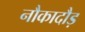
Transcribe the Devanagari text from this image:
नौकादौड़